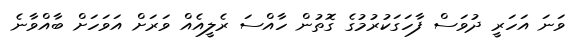
ވަނަ އަހަރީ ދުވަސް ފާހަގަކުރުމުގެ ގޮތުން ހާއްސަ ރެލީއެއް ވަރަށް އަވަހަށް ބާއްވާނެ